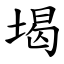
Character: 堨